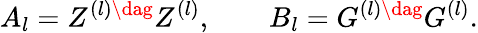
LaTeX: A_{l}=Z^{(l)\dag}Z^{(l)},\qquad B_{l}=G^{(l)\dag}G^{(l)}.